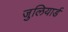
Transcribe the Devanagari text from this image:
जुलियार्ड